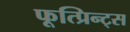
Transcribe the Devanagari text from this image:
फूत्प्रिन्ट्स